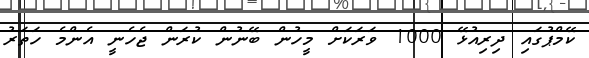
ކޭމްޕުގައި ދިރިއުޅޭ 1000 ވަރަކަށް މީހުން ބޭނުން ކުރަން ޖެހެނީ އެންމެ ހަތަރު